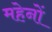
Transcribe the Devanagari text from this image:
महेनों